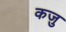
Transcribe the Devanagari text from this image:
कजु